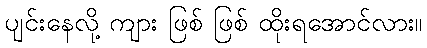
ပျင်းနေလို့ ကျား ဖြစ် ဖြစ် ထိုးရအောင်လား။